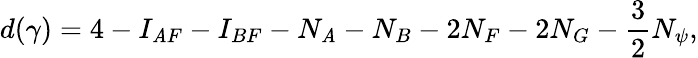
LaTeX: d(\gamma)=4-I_{\mathit{A}F}-I_{BF}-N_{\mathit{A}}-N_{B}-2N_{F}-2N_{G}-\frac{3}{2}N_{\psi},